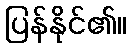
ပြန်နိုင်၏။